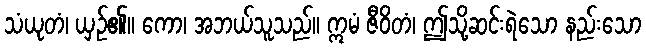
သံယုတံ၊ ယှဉ်၏။ ကော၊ အဘယ်သူသည်။ ဣမံ ဇီဝိတံ၊ ဤသို့ဆင်းရဲသော နည်းသော